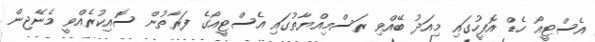
އެސްޓީއޯ ހެޑް އޮފީހުގައި މިއަދު ބޭއްވި ރަސްމިއްޔާތުގައި އެސްޓީއޯގެ ފަރާތުން ސޮއިކުރެއްވީ މެނޭޖިން